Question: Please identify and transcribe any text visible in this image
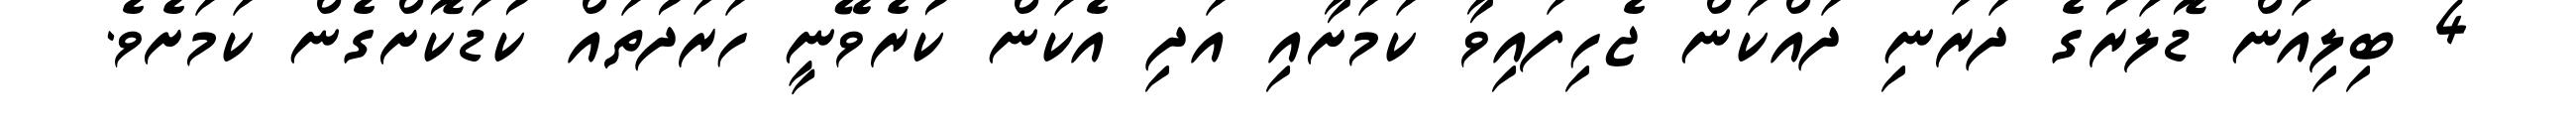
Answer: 4 ބިލިއަން ޑޮލަރުގެ ދަރަނި ދައްކަން ޖެހިފައިވާ ކަމަށާއި އަދި އެކަން ކުރެވޭނީ ހަރަދުތައް ކުޑަކޮށްގެން ކަމަށެވެ.